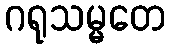
ဂရုသမ္မတေ